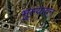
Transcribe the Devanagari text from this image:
मुल्यावन